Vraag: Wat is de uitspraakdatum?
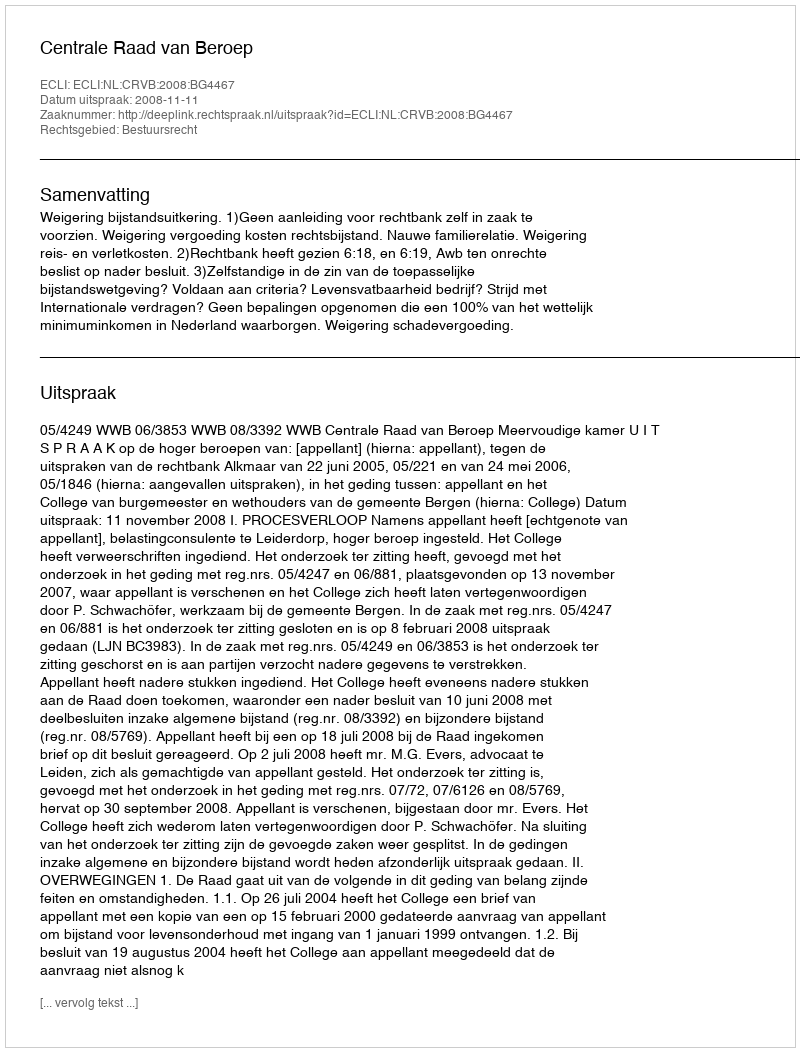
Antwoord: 2008-11-11